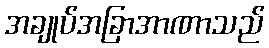
အချုပ်အခြာအာဏာသည်